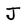
Character: J